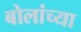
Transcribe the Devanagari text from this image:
बोलांच्या